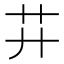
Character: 𦬇